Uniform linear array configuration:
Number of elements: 24
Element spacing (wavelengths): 1
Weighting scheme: binomial
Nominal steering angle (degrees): -60
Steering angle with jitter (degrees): -58.482
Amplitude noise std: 0.05
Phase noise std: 0.05

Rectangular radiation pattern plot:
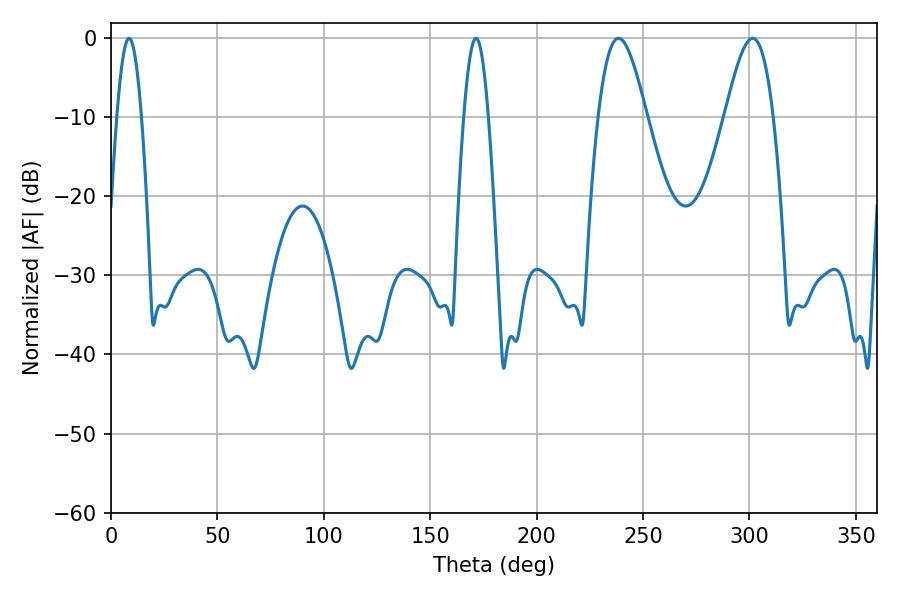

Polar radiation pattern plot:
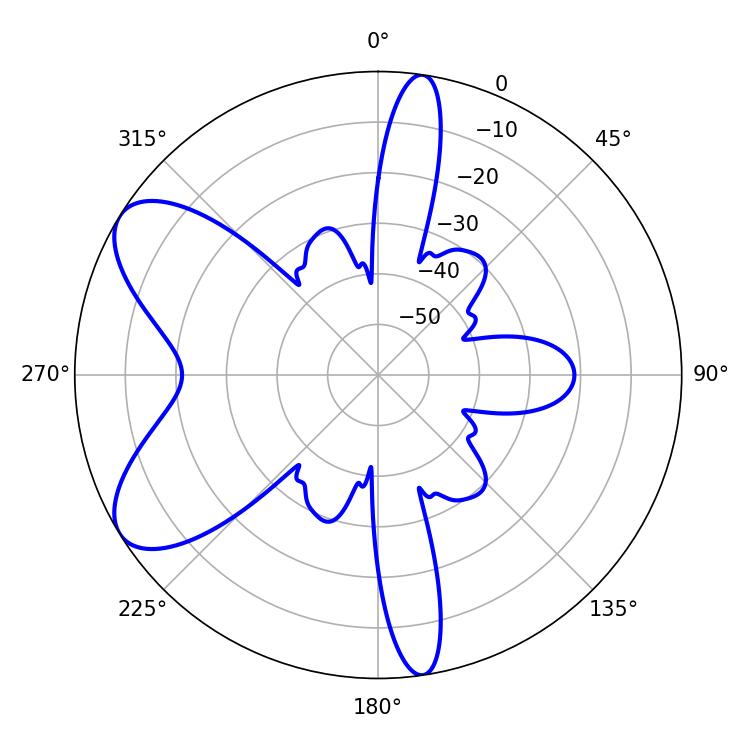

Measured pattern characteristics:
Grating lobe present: TRUE
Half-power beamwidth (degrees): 12.24
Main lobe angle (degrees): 238.5